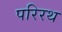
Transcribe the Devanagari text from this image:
परिरथ